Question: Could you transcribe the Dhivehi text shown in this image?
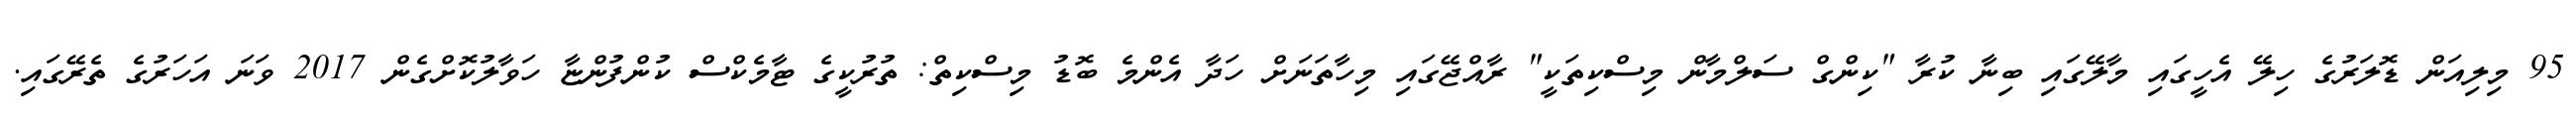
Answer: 95 މިލިއަން ޑޮލަރުގެ ހިލޭ އެހީގައި މާލޭގައި ބިނާ ކުރާ "ކިންގް ސަލްމާން މިސްކިތަކީ" ރާއްޖޭގައި މިހާތަނަށް ހަދާ އެންމެ ބޮޑު މިސްކިތް: ތުރުކީގެ ޓާމެކްސް ކުންފުންޏާ ހަވާލުކޮށްގެން 2017 ވަނަ އަހަރުގެ ތެރޭގައި.